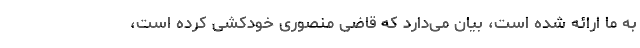
به ما ارائه شده است، بیان می‌دارد که قاضی منصوری خودکشی کرده‌ است،